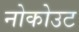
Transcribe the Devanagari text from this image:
नोकोउट